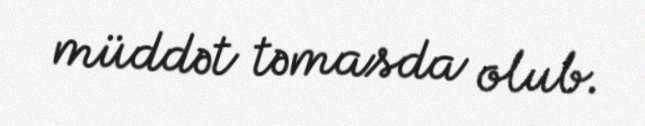
müddət təmasda olub.